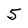
Character: 5